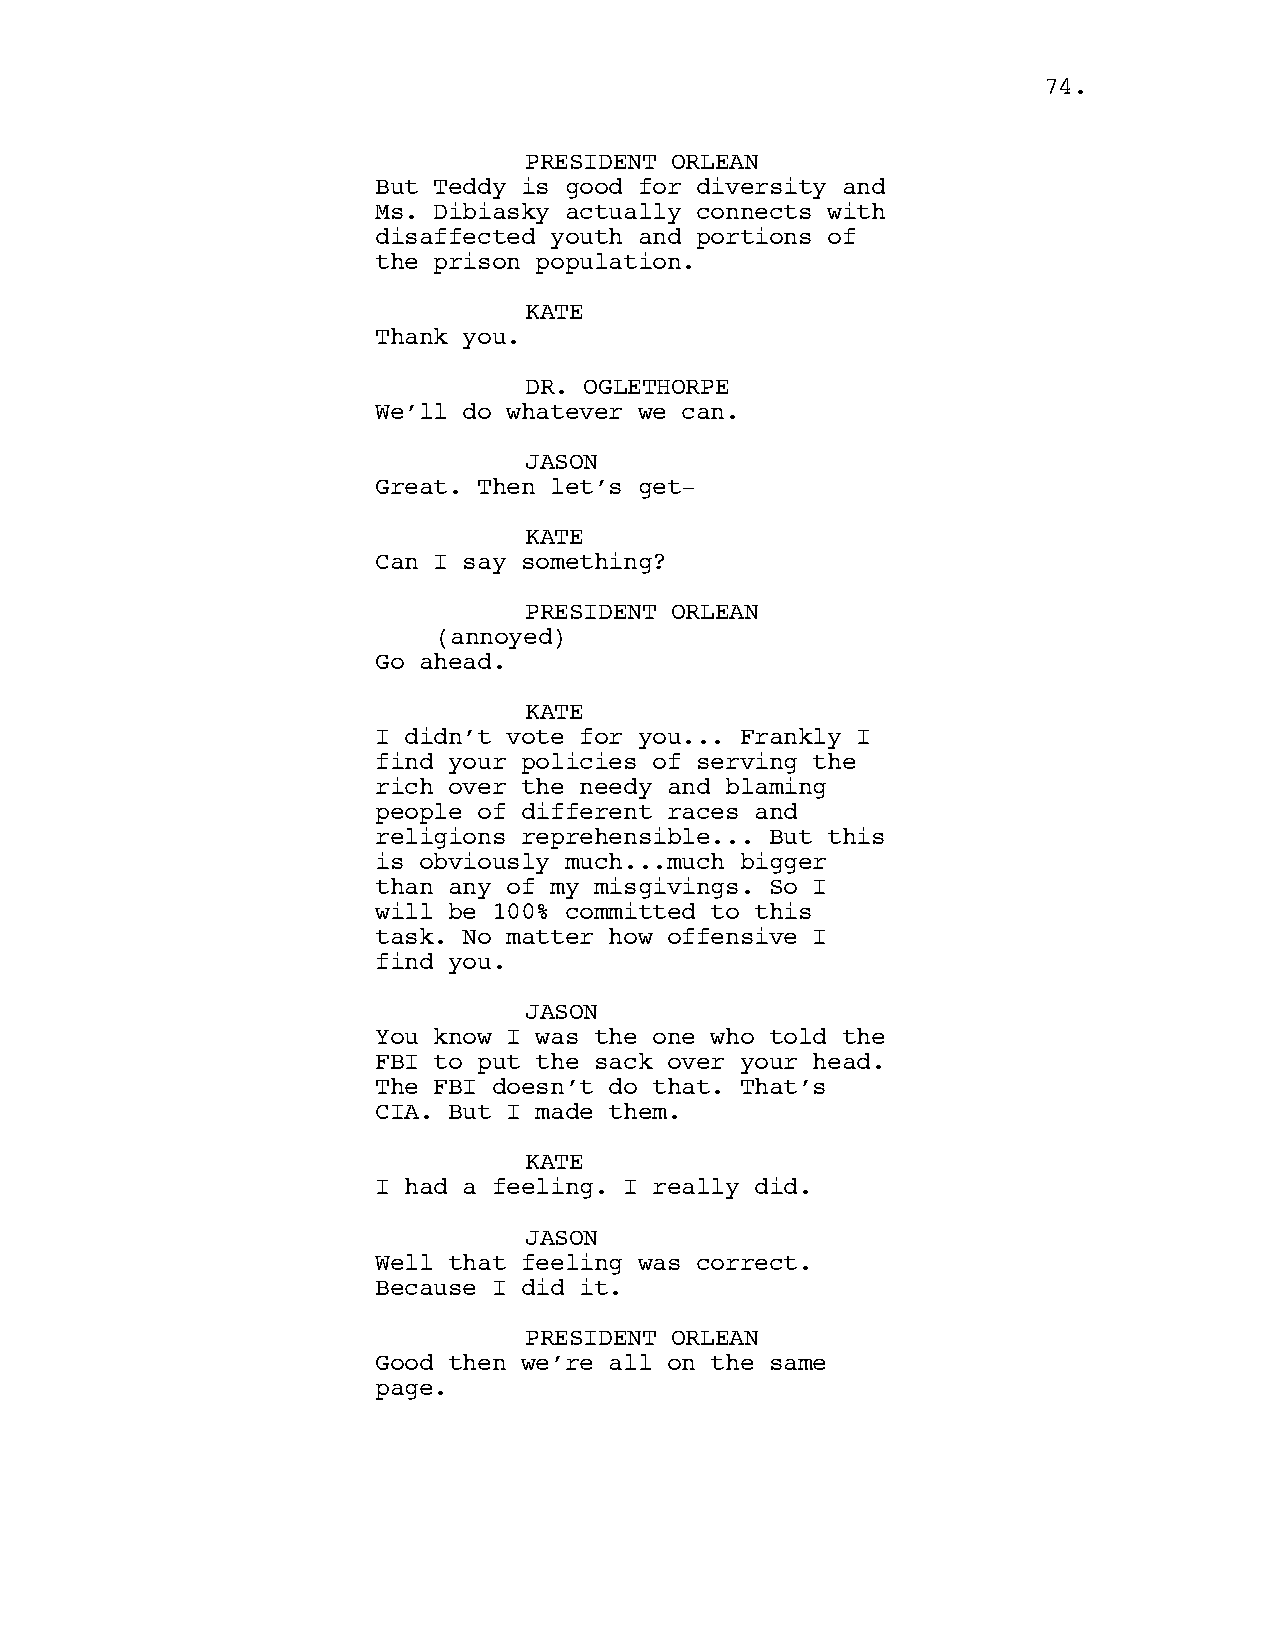
7744..
 PRESIDENT ORLEAN
 But Teddy is good for diversity and
 Ms. Dibiasky actually connects with
 disaffected youth and portions of
 the prison population.
 KATE
 Thank you.
 DR. OGLETHORPE
 We’ll do whatever we can.
 JASON
 Great. Then let’s get-
 KATE
 Can I say something?
 PRESIDENT ORLEAN
 (annoyed)
 Go ahead.
 KATE
 I didn’t vote for you... Frankly I
 find your policies of serving the
 rich over the needy and blaming
 people of different races and
 religions reprehensible... But this
 is obviously much...much bigger
 than any of my misgivings. So I
 will be 100% committed to this
 task. No matter how offensive I
 find you.
 JASON
 You know I was the one who told the
 FBI to put the sack over your head.
 The FBI doesn’t do that. That’s
 CIA. But I made them.
 KATE
 I had a feeling. I really did.
 JASON
 Well that feeling was correct.
 Because I did it.
 PRESIDENT ORLEAN
 Good then we’re all on the same
 page.